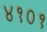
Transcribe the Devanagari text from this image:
४१०१